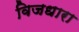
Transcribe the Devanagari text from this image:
विजधारा